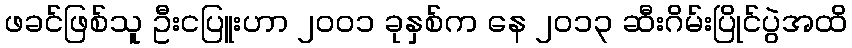
ဖခင်ဖြစ်သူ ဦးငပြူးဟာ ၂၀၀၁ ခုနှစ်က နေ ၂၀၁၃ ဆီးဂိမ်းပြိုင်ပွဲအထိ